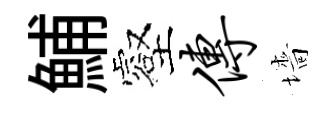
鯆壑传墻